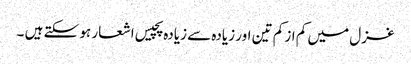
غزل میں کم از کم تین اور زیادہ سے زیادہ پچیس اشعار ہو سکتے ہیں ۔